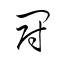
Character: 鬪